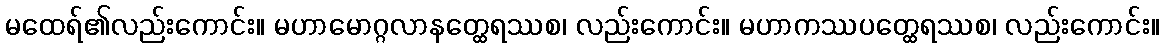
မထေရ်၏လည်းကောင်း။ မဟာမောဂ္ဂလာနတ္ထေရဿစ၊ လည်းကောင်း။ မဟာကဿပတ္ထေရဿစ၊ လည်းကောင်း။